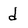
Character: d